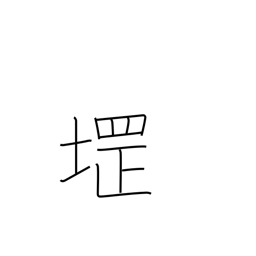
Meaning: used in place names